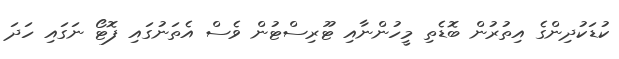
ކުޑަކުދިންގެ އިތުރުން ބޮޑެތި މީހުންނާއި ޓޫރިސްޓުން ވެސް އެތަނުގައި ފޮޓޯ ނަގައި ހަދަ